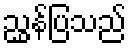
ညွှန်ပြသည်